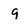
Character: q